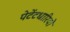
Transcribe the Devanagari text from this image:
पेटेंटधारियों